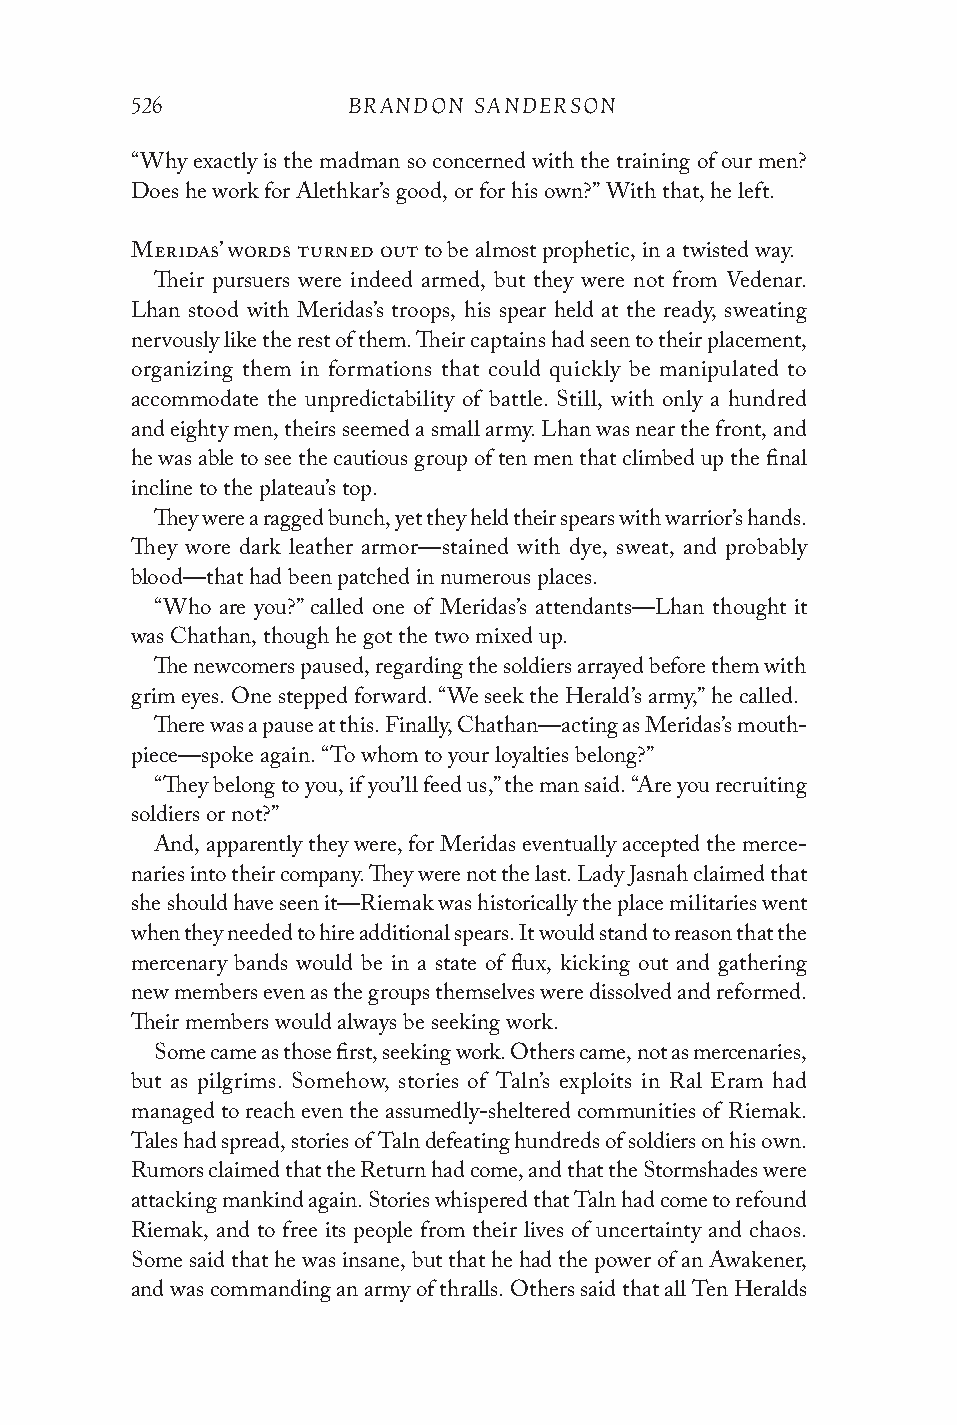
526           BRANDON SANDERSON
 “Why exactly is the madman so concerned with the training of our men?
 Does he work for Alethkar’s good, or for his own?” With that, he left.
 Meridas’ words turned out to be almost prophetic, in a twisted way.
 Their pursuers were indeed armed, but they were not from Vedenar.
 Lhan stood with Meridas’s troops, his spear held at the ready, sweating
 nervously like the rest of them. Their captains had seen to their placement,
 organizing them in formations that could quickly be manipulated to
 accommodate the unpredictability of battle. Still, with only a hundred
 and eighty men, theirs seemed a small army. Lhan was near the front, and
 he was able to see the cautious group of ten men that climbed up the final
 incline to the plateau’s top.
 They were a ragged bunch, yet they held their spears with warrior’s hands.
 They wore dark leather armor—stained with dye, sweat, and probably
 blood—that had been patched in numerous places.
 “Who are you?” called one of Meridas’s attendants—Lhan thought it
 was Chathan, though he got the two mixed up.
 The newcomers paused, regarding the soldiers arrayed before them with
 grim eyes. One stepped forward. “We seek the Herald’s army,” he called.
 There was a pause at this. Finally, Chathan—acting as Meridas’s mouth-
 piece—spoke again. “To whom to your loyalties belong?”
 “They belong to you, if you’ll feed us,” the man said. “Are you recruiting
 soldiers or not?”
 And, apparently they were, for Meridas eventually accepted the merce-
 naries into their company. They were not the last. Lady Jasnah claimed that
 she should have seen it—Riemak was historically the place militaries went
 when they needed to hire additional spears. It would stand to reason that the
 mercenary bands would be in a state of flux, kicking out and gathering
 new members even as the groups themselves were dissolved and reformed.
 Their members would always be seeking work.
 Some came as those first, seeking work. Others came, not as mercenaries,
 but as pilgrims. Somehow, stories of Taln’s exploits in Ral Eram had
 managed to reach even the assumedly-sheltered communities of Riemak.
 Tales had spread, stories of Taln defeating hundreds of soldiers on his own.
 Rumors claimed that the Return had come, and that the Stormshades were
 attacking mankind again. Stories whispered that Taln had come to refound
 Riemak, and to free its people from their lives of uncertainty and chaos.
 Some said that he was insane, but that he had the power of an Awakener,
 and was commanding an army of thralls. Others said that all Ten Heralds